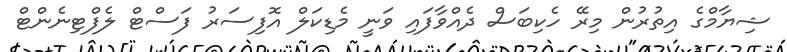
ޝިޔާމްގެ އިތުރުން މިރޭ ހެކިބަސް ދެއްވާފައި ވަނީ މެޑިކަލް އޮފިސަރު ފަސްޓް ލެފްޓިނެންޓް